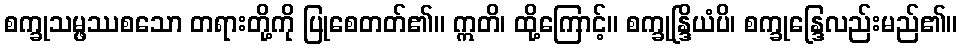
စက္ခုသမ္ဖဿစသော တရားတို့ကို ပြုစေတတ်၏။ ဣတိ၊ ထို့ကြောင့်။ စက္ခုန္ဒြိယံပိ၊ စက္ခုန္ဒြေလည်းမည်၏။